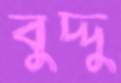
বুদ্দু